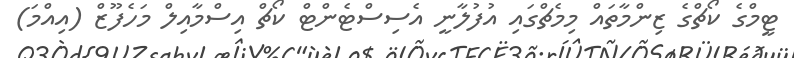
ޓީމްގެ ކޯޗްގެ ޒިންމާތައް މިމެޗްގައި އުފުލާނީ އެސިސްޓެންޓް ކޯޗް އިސްމާއިލް މަހެފޫޒް (އިއްމަ)